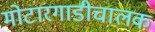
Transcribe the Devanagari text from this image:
मोटारगाडीचालक